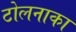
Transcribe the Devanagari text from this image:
टोलनाका